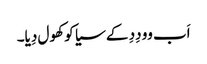
اَب وو دِدِ کے سیا کو کھول دِیا۔